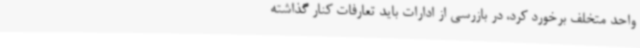
واحد متخلف برخورد کرد، در بازرسی‌ از ادارات باید تعارفات کنار گذاشته